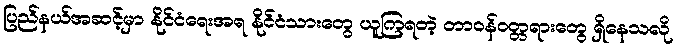
ပြည်နယ်အဆင့်မှာ နိုင်ငံရေးအရ နိုင်ငံသားတွေ ယူကြရတဲ့ တာဝန်ဝတ္တရားတွေ ရှိနေသလို